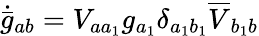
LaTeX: \dot{\bar{g}}_{ab}=V_{aa_{1}}g_{a_{1}}\delta_{a_{1}b_{1}}\overline{{{V}}}_{b_{1}b}